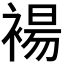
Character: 𫌅